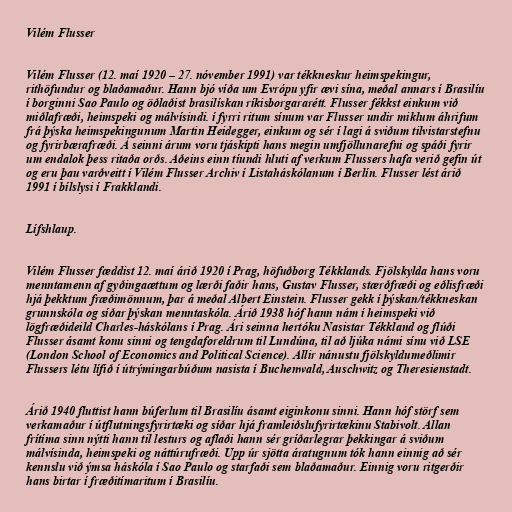
Vilém Flusser

Vilém Flusser (12. maí 1920 – 27. nóvember 1991) var tékkneskur heimspekingur,
rithöfundur og blaðamaður. Hann bjó víða um Evrópu yfir ævi sína, meðal annars í Brasilíu
í borginni Sao Paulo og öðlaðist brasilískan ríkisborgararétt. Flusser fékkst einkum við
miðlafræði, heimspeki og málvísindi. í fyrri ritum sínum var Flusser undir miklum áhrifum
frá þýska heimspekingunum Martin Heidegger, einkum og sér í lagi á sviðum tilvistarstefnu
og fyrirbærafræði. Á seinni árum voru tjáskipti hans megin umfjöllunarefni og spáði fyrir
um endalok þess ritaða orðs. Aðeins einn tíundi hluti af verkum Flussers hafa verið gefin út
og eru þau varðveitt í Vilém Flusser Archiv í Listaháskólanum í Berlín. Flusser lést árið
1991 í bílslysi í Frakklandi.

Lífshlaup.

Vilém Flusser fæddist 12. maí árið 1920 í Prag, höfuðborg Tékklands. Fjölskylda hans voru
menntamenn af gyðingaættum og lærði faðir hans, Gustav Flusser, stærðfræði og eðlisfræði
hjá þekktum fræðimönnum, þar á meðal Albert Einstein. Flusser gekk í þýskan/tékkneskan
grunnskóla og síðar þýskan menntaskóla. Árið 1938 hóf hann nám í heimspeki við
lögfræðideild Charles-háskólans í Prag. Ári seinna hertóku Nasistar Tékkland og flúði
Flusser ásamt konu sinni og tengdaforeldrum til Lundúna, til að ljúka námi sínu við LSE
(London School of Economics and Political Science). Allir nánustu fjölskyldumeðlimir
Flussers létu lífið í útrýmingarbúðum nasista í Buchenwald, Auschwitz og Theresienstadt.

Árið 1940 fluttist hann búferlum til Brasilíu ásamt eiginkonu sinni. Hann hóf störf sem
verkamaður í útflutningsfyrirtæki og síðar hjá framleiðslufyrirtækinu Stabivolt. Allan
frítíma sinn nýtti hann til lesturs og aflaði hann sér gríðarlegrar þekkingar á sviðum
málvísinda, heimspeki og náttúrufræði. Upp úr sjötta áratugnum tók hann einnig að sér
kennslu við ýmsa háskóla í Sao Paulo og starfaði sem blaðamaður. Einnig voru ritgerðir
hans birtar í fræðitímaritum í Brasilíu.